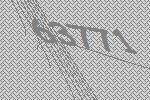
63771